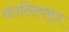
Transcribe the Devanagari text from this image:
संतलिलामृत